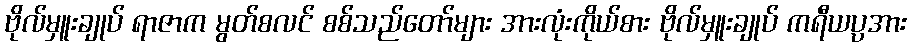
ဗိုလ်မှူးချုပ် ရာဇာက မွတ်စလင် စစ်သည်တော်များ အားလုံးကိုယ်စား ဗိုလ်မှူးချုပ် ကရီယပ္ပအား